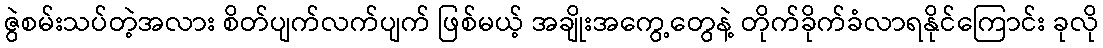
ဇွဲစမ်းသပ်တဲ့အလား စိတ်ပျက်လက်ပျက် ဖြစ်မယ့် အချိုးအကွေ့တွေနဲ့ တိုက်ခိုက်ခံလာရနိုင်ကြောင်း ခုလို